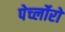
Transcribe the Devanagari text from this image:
पेर्च्लोरो